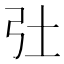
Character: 𢎳